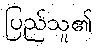
ပြည်သူ၏